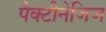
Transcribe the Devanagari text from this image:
पैक्टीनेजिज